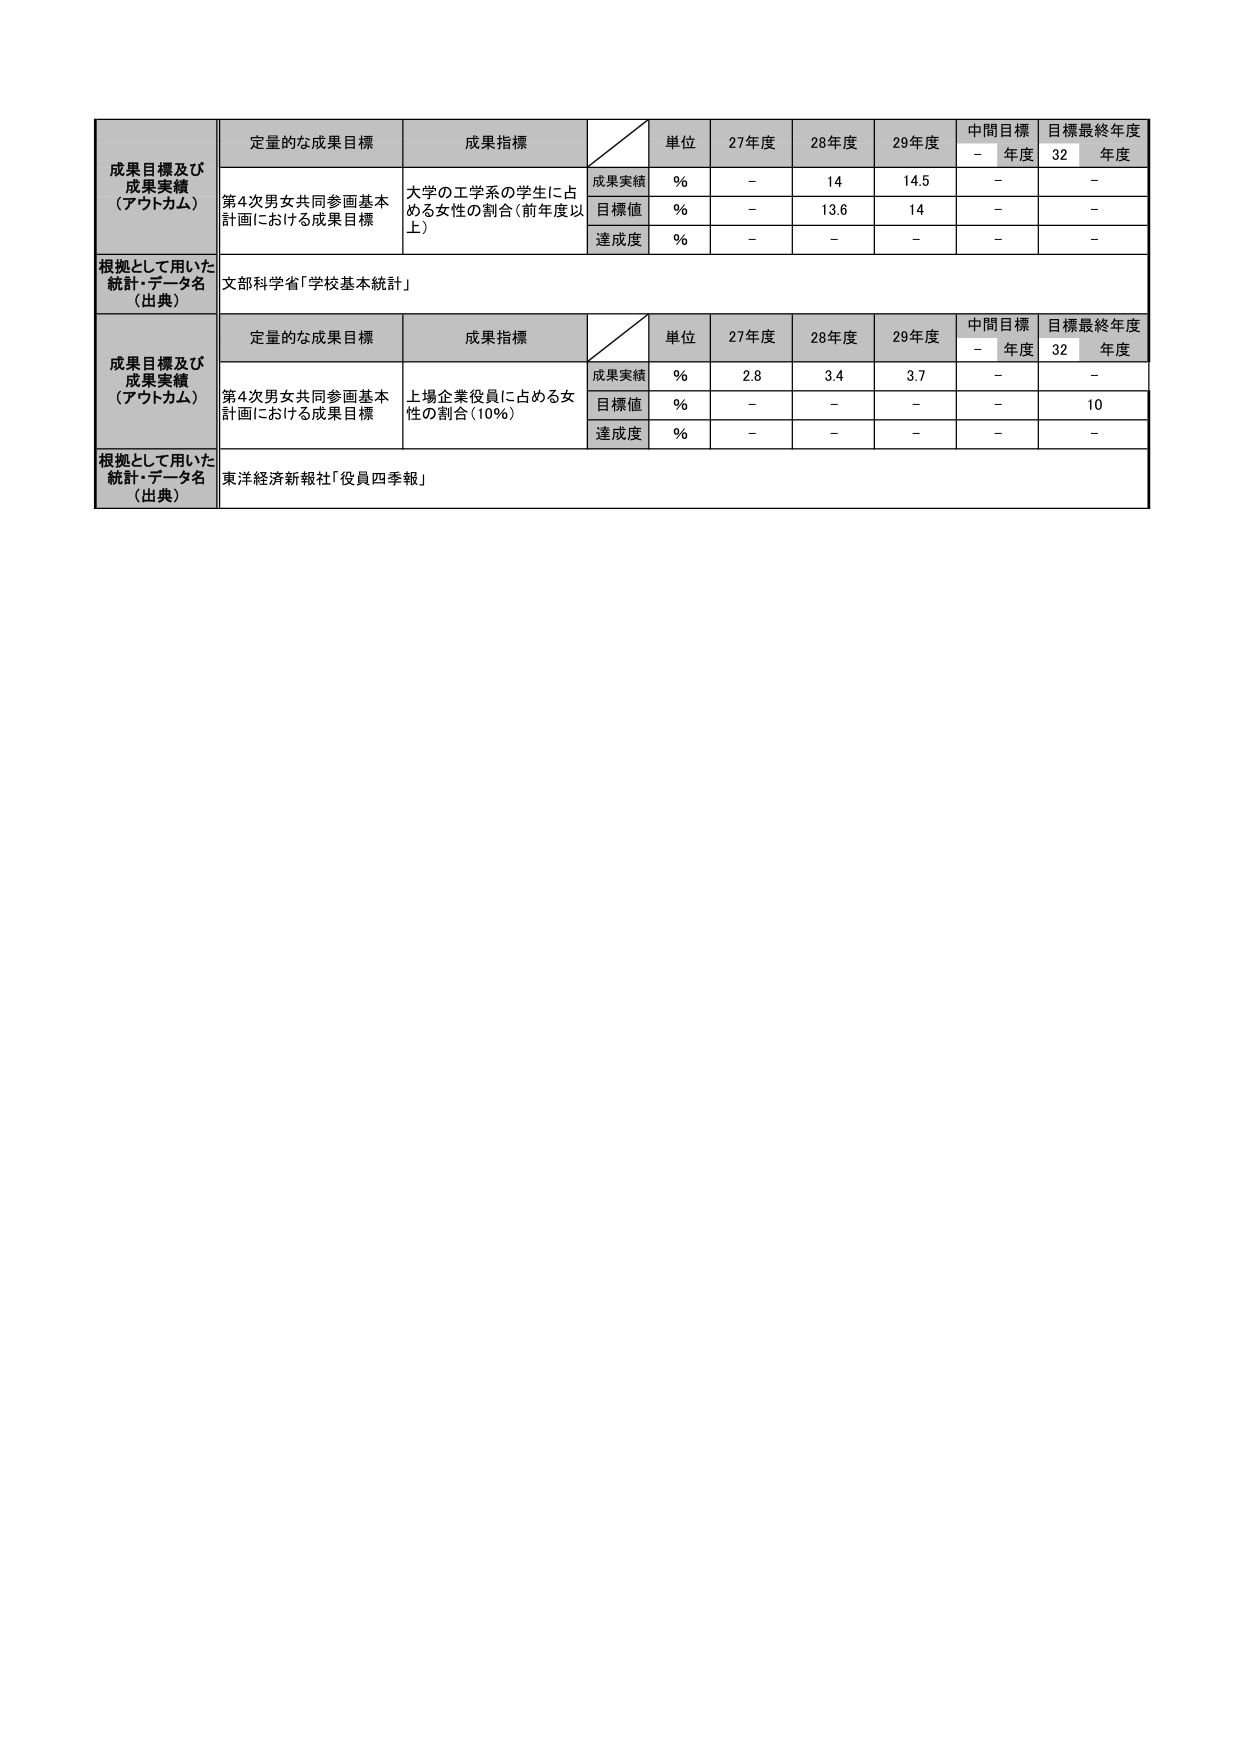
成果目標及び
成果実績
（アウトカム）
定量的な成果目標
成果指標
単位
27年度
28年度
29年度
中間目標
-
年度
目標最終年度
32
年度
第4次男女共同参画基本
計画における成果目標
大学の工学系の学生に占
める女性の割合（前年度以
上）
成果実績
%
-
14
14.5
-
-
目標値
%
-
13.6
14
-
-
達成度
%
-
-
-
-
-
根拠として用いた
統計・データ名
（出典）
文部科学省「学校基本統計」

成果目標及び
成果実績
（アウトカム）
定量的な成果目標
成果指標
単位
27年度
28年度
29年度
中間目標
-
年度
目標最終年度
32
年度
第4次男女共同参画基本
計画における成果目標
上場企業役員に占める女
性の割合（10%）
成果実績
%
2.8
3.4
3.7
-
-
目標値
%
-
-
-
-
10
達成度
%
-
-
-
-
-
根拠として用いた
統計・データ名
（出典）
東洋経済新報社「役員四季報」